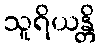
သူရိယန္တိ